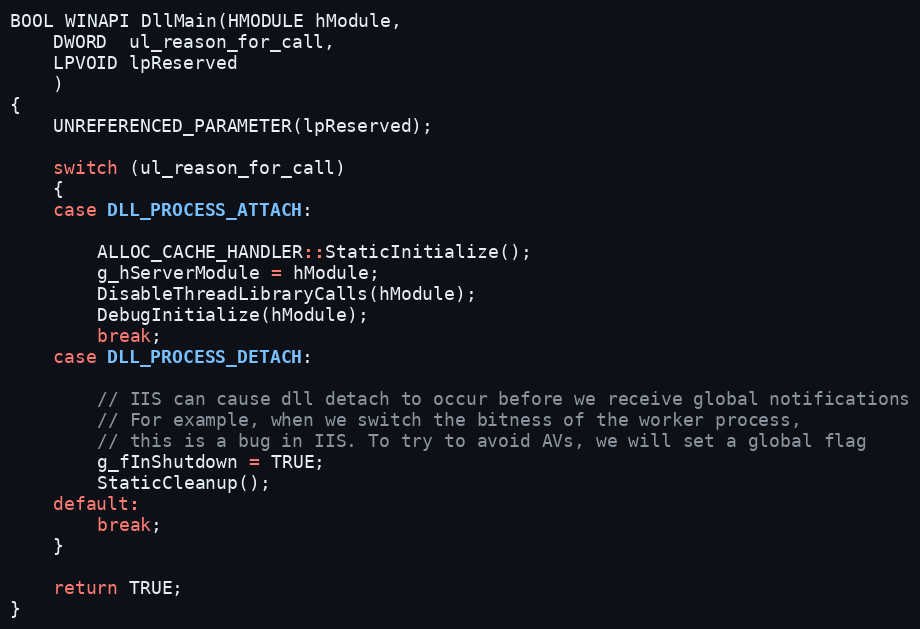
Language: C++
BOOL WINAPI DllMain(HMODULE hModule,
    DWORD  ul_reason_for_call,
    LPVOID lpReserved
    )
{
    UNREFERENCED_PARAMETER(lpReserved);

    switch (ul_reason_for_call)
    {
    case DLL_PROCESS_ATTACH:

        ALLOC_CACHE_HANDLER::StaticInitialize();
        g_hServerModule = hModule;
        DisableThreadLibraryCalls(hModule);
        DebugInitialize(hModule);
        break;
    case DLL_PROCESS_DETACH:

        // IIS can cause dll detach to occur before we receive global notifications
        // For example, when we switch the bitness of the worker process,
        // this is a bug in IIS. To try to avoid AVs, we will set a global flag
        g_fInShutdown = TRUE;
        StaticCleanup();
    default:
        break;
    }

    return TRUE;
}